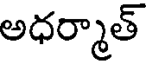
అధర్మాత్